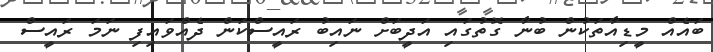
ބައެއް މީޑިއާތަކުން ބުނާ ގޮތުގައި އަދީބަށް ނައިބު ރައީސްކަން ދެއްވައިފި ނަމަ ރައީސް